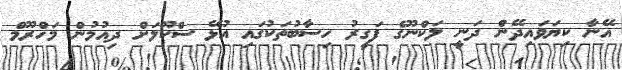
އޭނާ ކިޔަވައިދޭން ދަނީ ލަކްނޫގެ ފަގީރު ހިސާބުތަކުގައި އުޅޭ ސްކޫލަށް ދިއުމުން މަހްރޫމް